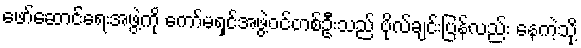
ဖော်ဆောင်ရေးအဖွဲ့ကို ကော်မရှင်အဖွဲ့ဝင်တစ်ဦးသည် ဗိုလ်ချင်းပြန်လည်း နေကဲ့သို့